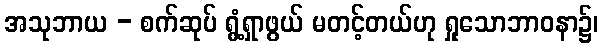
အသုဘာယ - စက်ဆုပ် ရွံ့ရှာဖွယ် မတင့်တယ်ဟု ရှုသောဘာဝနာ၌၊